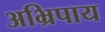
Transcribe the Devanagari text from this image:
अभ्रिपाय